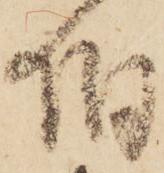
伯